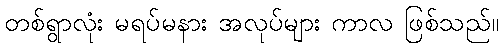
တစ်ရွာလုံး မရပ်မနား အလုပ်များ ကာလ ဖြစ်သည်။